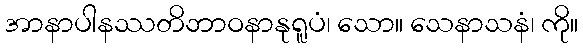
အာနာပါနဿတိဘာဝနာနုရူပံ၊ သော။ သေနာသနံ၊ ကို။